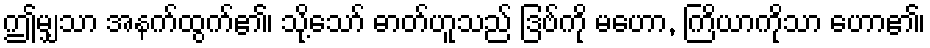
ဤမျှသာ အနက်ထွက်၏၊ သို့သော် ဓာတ်ဟူသည် ဒြဗ်ကို မဟော, ကြိယာကိုသာ ဟော၏၊